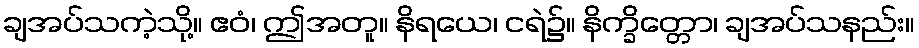
ချအပ်သကဲ့သို့။ ဧဝံ၊ ဤအတူ။ နိရယေ၊ ငရဲ၌။ နိက္ခိတ္တော၊ ချအပ်သနည်း။